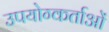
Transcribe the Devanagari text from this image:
उपयोग्कर्ताओं